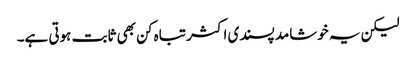
لیکن یہ خوشامد پسندی اکثر تباہ کن بھی ثابت ہوتی ہے۔